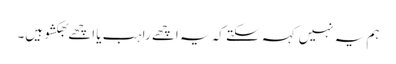
ہم یہ نہیں کہہ سکتے کہ یہ اچھے راہب یا اچھے بھکشو ہیں۔